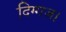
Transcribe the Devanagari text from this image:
दिग्गज।